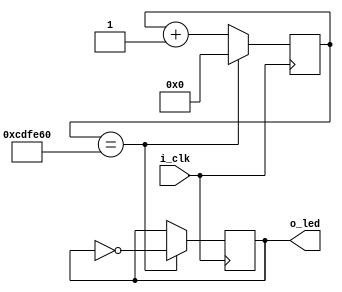
module counter(input i_clk, output reg o_led = 1);

    //create a 32bit counter, inicialized at 0
    //this size could be reduced if the total counting amount is less. 
    reg[31:0] counter = 0;

    //in every uprising clock summ 1 bit to the counter
    always @(posedge i_clk) begin
        counter <= counter + 1'b1;

        //in every clock rise check the counter
        //every 0.5 seconds altern the output
        if(counter == 5*27000000/10) begin 
            //flip the output and reset the counter
            o_led <= ~o_led;
            counter <= 0;
        end
    end

endmodule